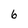
Character: 6